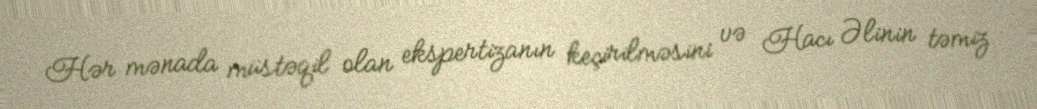
Hər mənada müstəqil olan ekspertizanın keçirilməsini və Hacı Əlinin təmiz